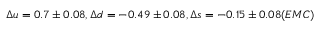
\Delta u = 0 . 7 \pm 0 . 0 8 , \Delta d = - 0 . 4 9 \pm 0 . 0 8 , \Delta s = - 0 . 1 5 \pm 0 . 0 8 ( E M C )